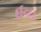
ઇવા